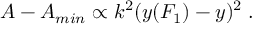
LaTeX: A - A _ { m i n } \propto k ^ { 2 } ( y ( F _ { 1 } ) - y ) ^ { 2 } \; .